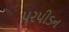
પરપીડન